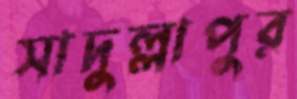
সাদুল্লাপুর